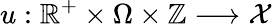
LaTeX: u:\mathbb{R}^{+}\times\Omega\times\mathbb{Z}\longrightarrow\mathcal{X}